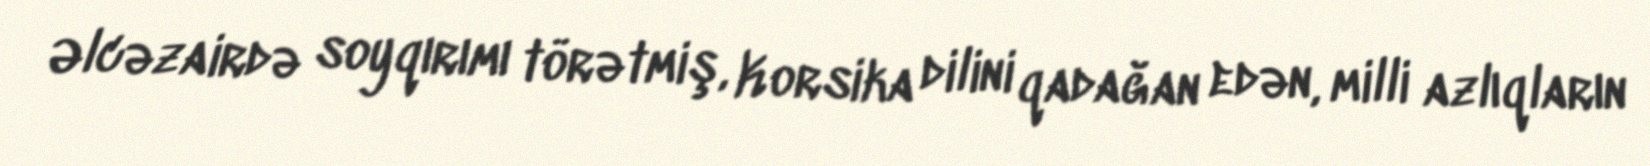
Əlcəzairdə soyqırımı törətmiş, Korsika dilini qadağan edən, milli azlıqların